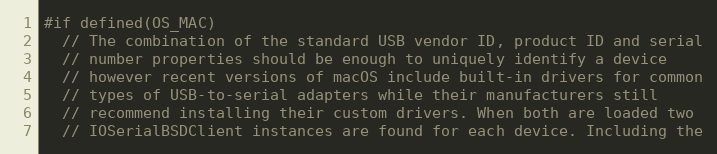
Language: C++
#if defined(OS_MAC)
  // The combination of the standard USB vendor ID, product ID and serial
  // number properties should be enough to uniquely identify a device
  // however recent versions of macOS include built-in drivers for common
  // types of USB-to-serial adapters while their manufacturers still
  // recommend installing their custom drivers. When both are loaded two
  // IOSerialBSDClient instances are found for each device. Including the